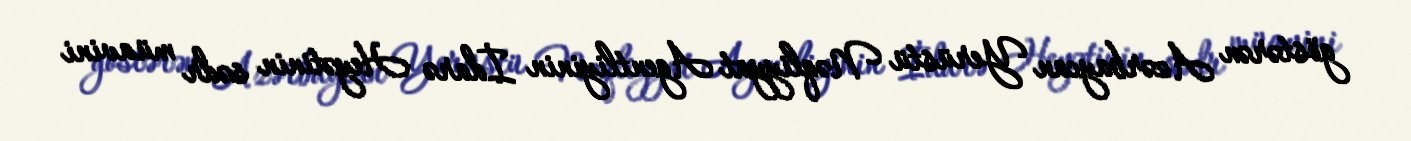
göstərən Azərbaycan Yerüstü Nəqliyyat Agentliyinin İdarə Heyətinin sədr müavini